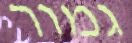
גמור